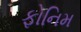
ફોનિમ